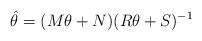
LaTeX: \begin{align*}\hat \theta = (M\theta + N)(R\theta + S)^{-1}\end{align*}